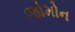
જોમોન